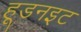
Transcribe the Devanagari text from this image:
हूडनइट